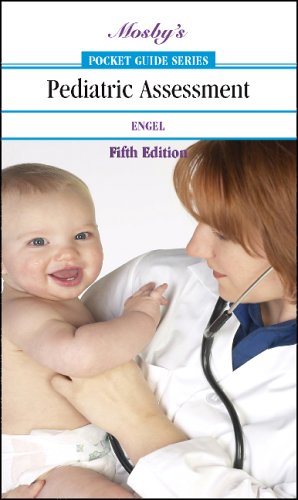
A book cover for Mosby's Pocket Guide to Pediatric Assessment (Nursing Pocket Guides); Joyce K. Engel PhD  RN  MEd; Medical Books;